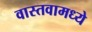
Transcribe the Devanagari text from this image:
वास्तवामध्ये